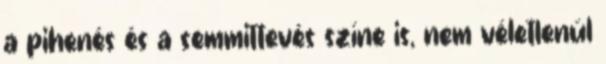
a pihenés és a semmittevés színe is, nem véletlenül